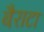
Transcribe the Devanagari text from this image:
बैराटा